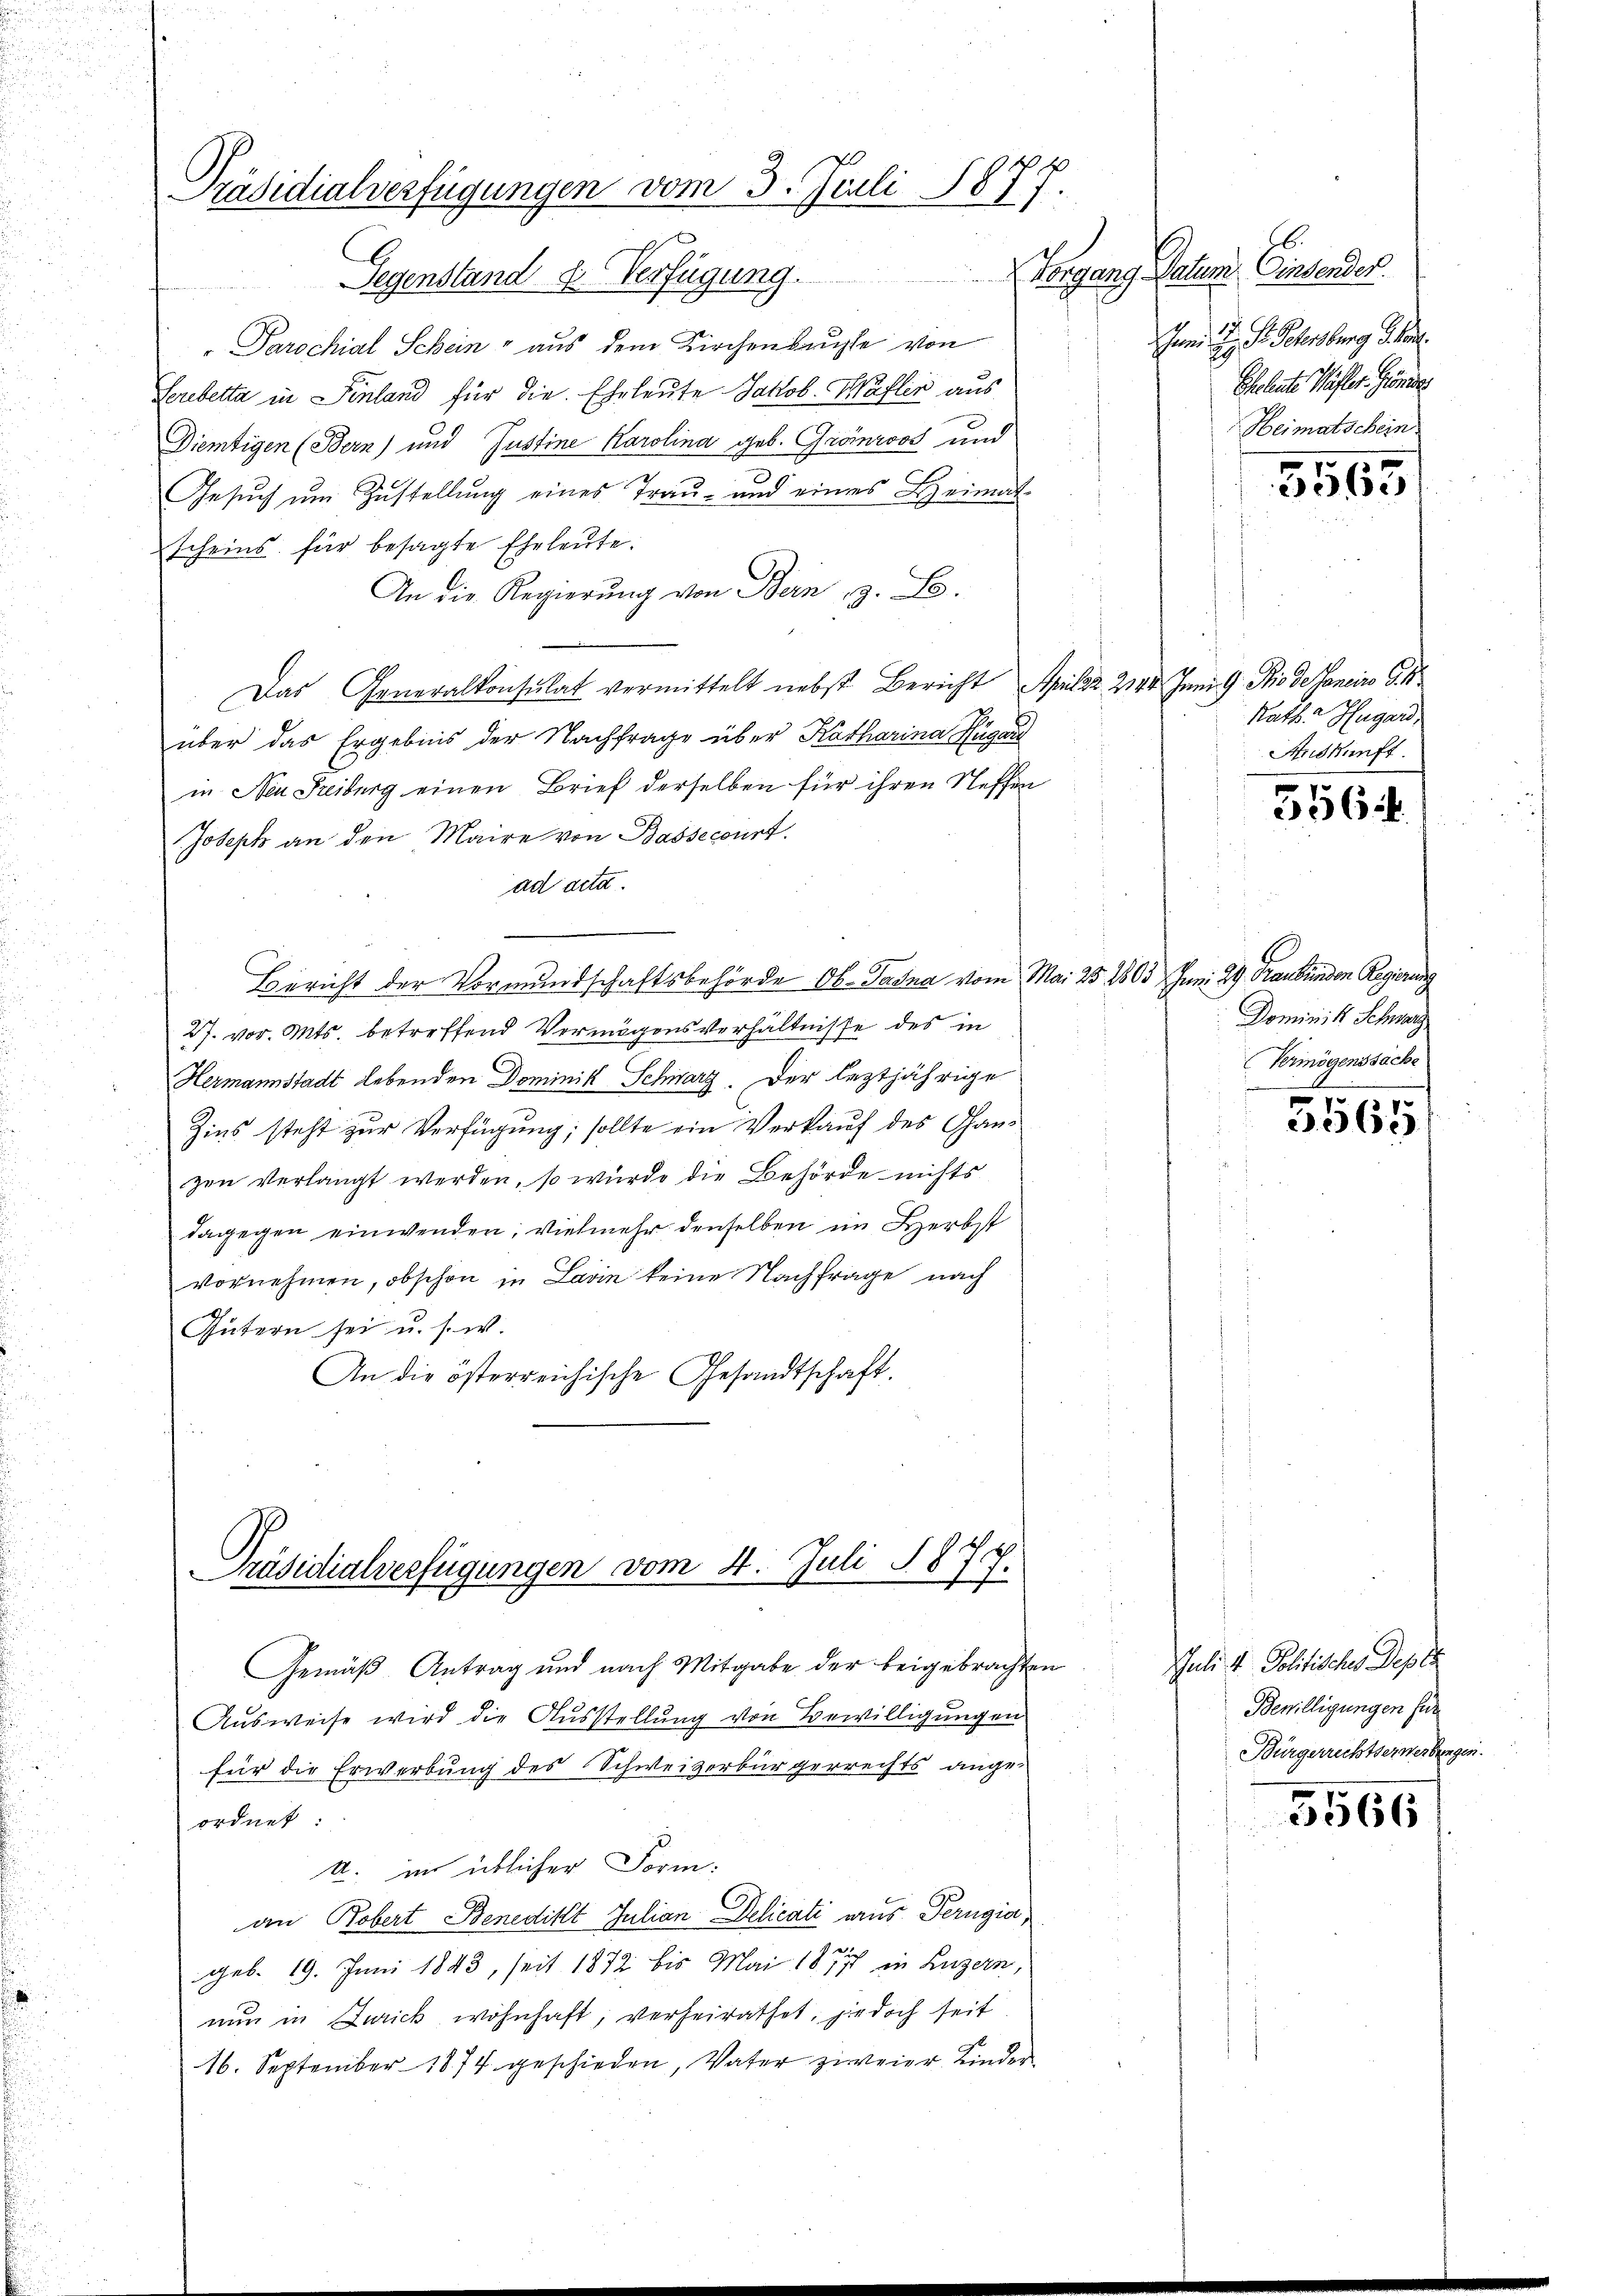
Präsidialverfügungen vom 3. Juli 1877.
Gegenstand u. Verfügung.

" Parochial Schein aus dem Kirchenbuche von
Cerebelta in Sinland für die Eheleute Jakob Wäflin aus
Diemtigen (Bern) und Justine Karolina geb. Grönios und
Gesuch um Zustellung eines Trau- und eines Heimat
scheins für besagte Eheleute.
An die Regierung von Bern, z. B.
Das Generalkonsulat vermittelt nebst Bericht Aprilar 2144 Juni G. Rio de Janeiro 94
über das Ergebnis der Nachfrage über Katharina Hugar
in Neu Freiburg einen Brief derselben für ihren Steffen
Joseph an den Maire von Bassecourt.
ad acta.
Bericht der Vormundschaftsbehörde Ob. Tasna vom Mai 25. 2803 Juni 29. Graubünden Regierung
27. vor. Mts. betreffend Vermögensverhältnisse des in
Hermannstadt lebenden Dominik Schwarz. Der leztjährige
Zins steht zur Verfügung; sollte ein Verkauf des Ganzen verlangt werden, so wurde die Behörde nichts
dagegen einwenden; vielmehr denselben im Herbst
vornehmen, obschon in Lavin keine Nachfrage nach
Gütern sei u. s. w.
An die österreichische Gesandtschaft.

Präsidialverfügungen vom 4. Juli S. 875.

Gemäß Antrag und nach Mitgabe der beigebrachten
Ausweise wird die Ausstellung von Bewilligungen
für die Erwerbung des Schweizerbürgerrechts ange
ordnet:
I. im üblicher Form.
an Robert Benedikt Julian Delicati aus Perugia,
geb. 19. Juni 1843, seit 1872 bis Mai 1877 in Luzern,
nun in Zurick, wohnhaft; verheirathet, jedoch seit
16. September 1874 geschieden, Vater zweier Kinder

Vorgang Datum. Einsender
Juni d. J. Schenburg Schen.
Eheleute Wässer. Gröni
Heimatschein

5565

Ratha Hugard,
Auskunft.

356

Dominik Schwarz
Vermögenssache

5565

Juli v. Politisches Depes
Bewilligungen für
Bürgerrechtserwerbungen.

5566